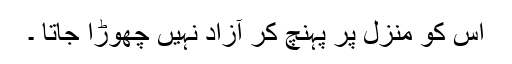
اس کو منزل پر پہنچ کر آزاد نہیں چھوڑا جاتا ۔